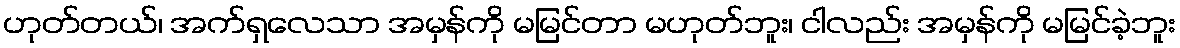
ဟုတ်တယ်၊ အက်ရှလေသာ အမှန်ကို မမြင်တာ မဟုတ်ဘူး၊ ငါလည်း အမှန်ကို မမြင်ခဲ့ဘူး